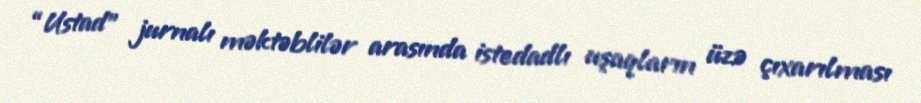
“Ustad” jurnalı məktəblilər arasında istedadlı uşaqların üzə çıxarılması